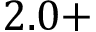
2 . 0 +